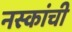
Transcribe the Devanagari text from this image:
नस्कांची